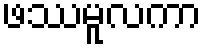
ဖဿမူလကာ